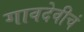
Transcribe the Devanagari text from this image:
गावदेवीचं